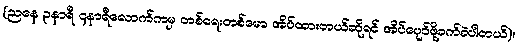
(ညနေ ၃နာရီ ၄နာရီလောက်ကမှ တစ်ရေးတစ်မော အိပ်ထားတယ်ဆိုရင် အိပ်ပျော်ဖို့ခက်ခဲပါတယ်)။